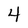
Character: 4